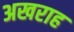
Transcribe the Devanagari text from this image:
अखराह